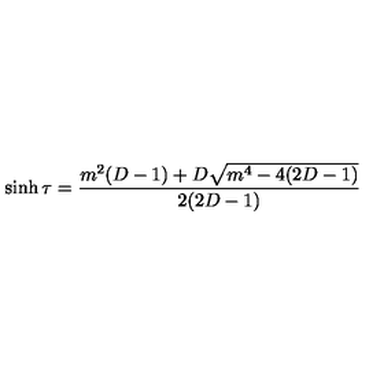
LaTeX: \sinh \tau = \frac { m ^ { 2 } ( D - 1 ) + D \sqrt { m ^ { 4 } - 4 ( 2 D - 1 ) } } { 2 ( 2 D - 1 ) }